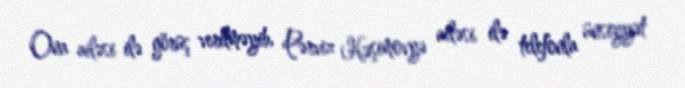
Ona ailəsi ilə görüş verilməyib, Pərviz Həşimovyə ailəsi ilə telefonla ünsiyyət